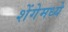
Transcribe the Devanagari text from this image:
शेंगेमध्ये